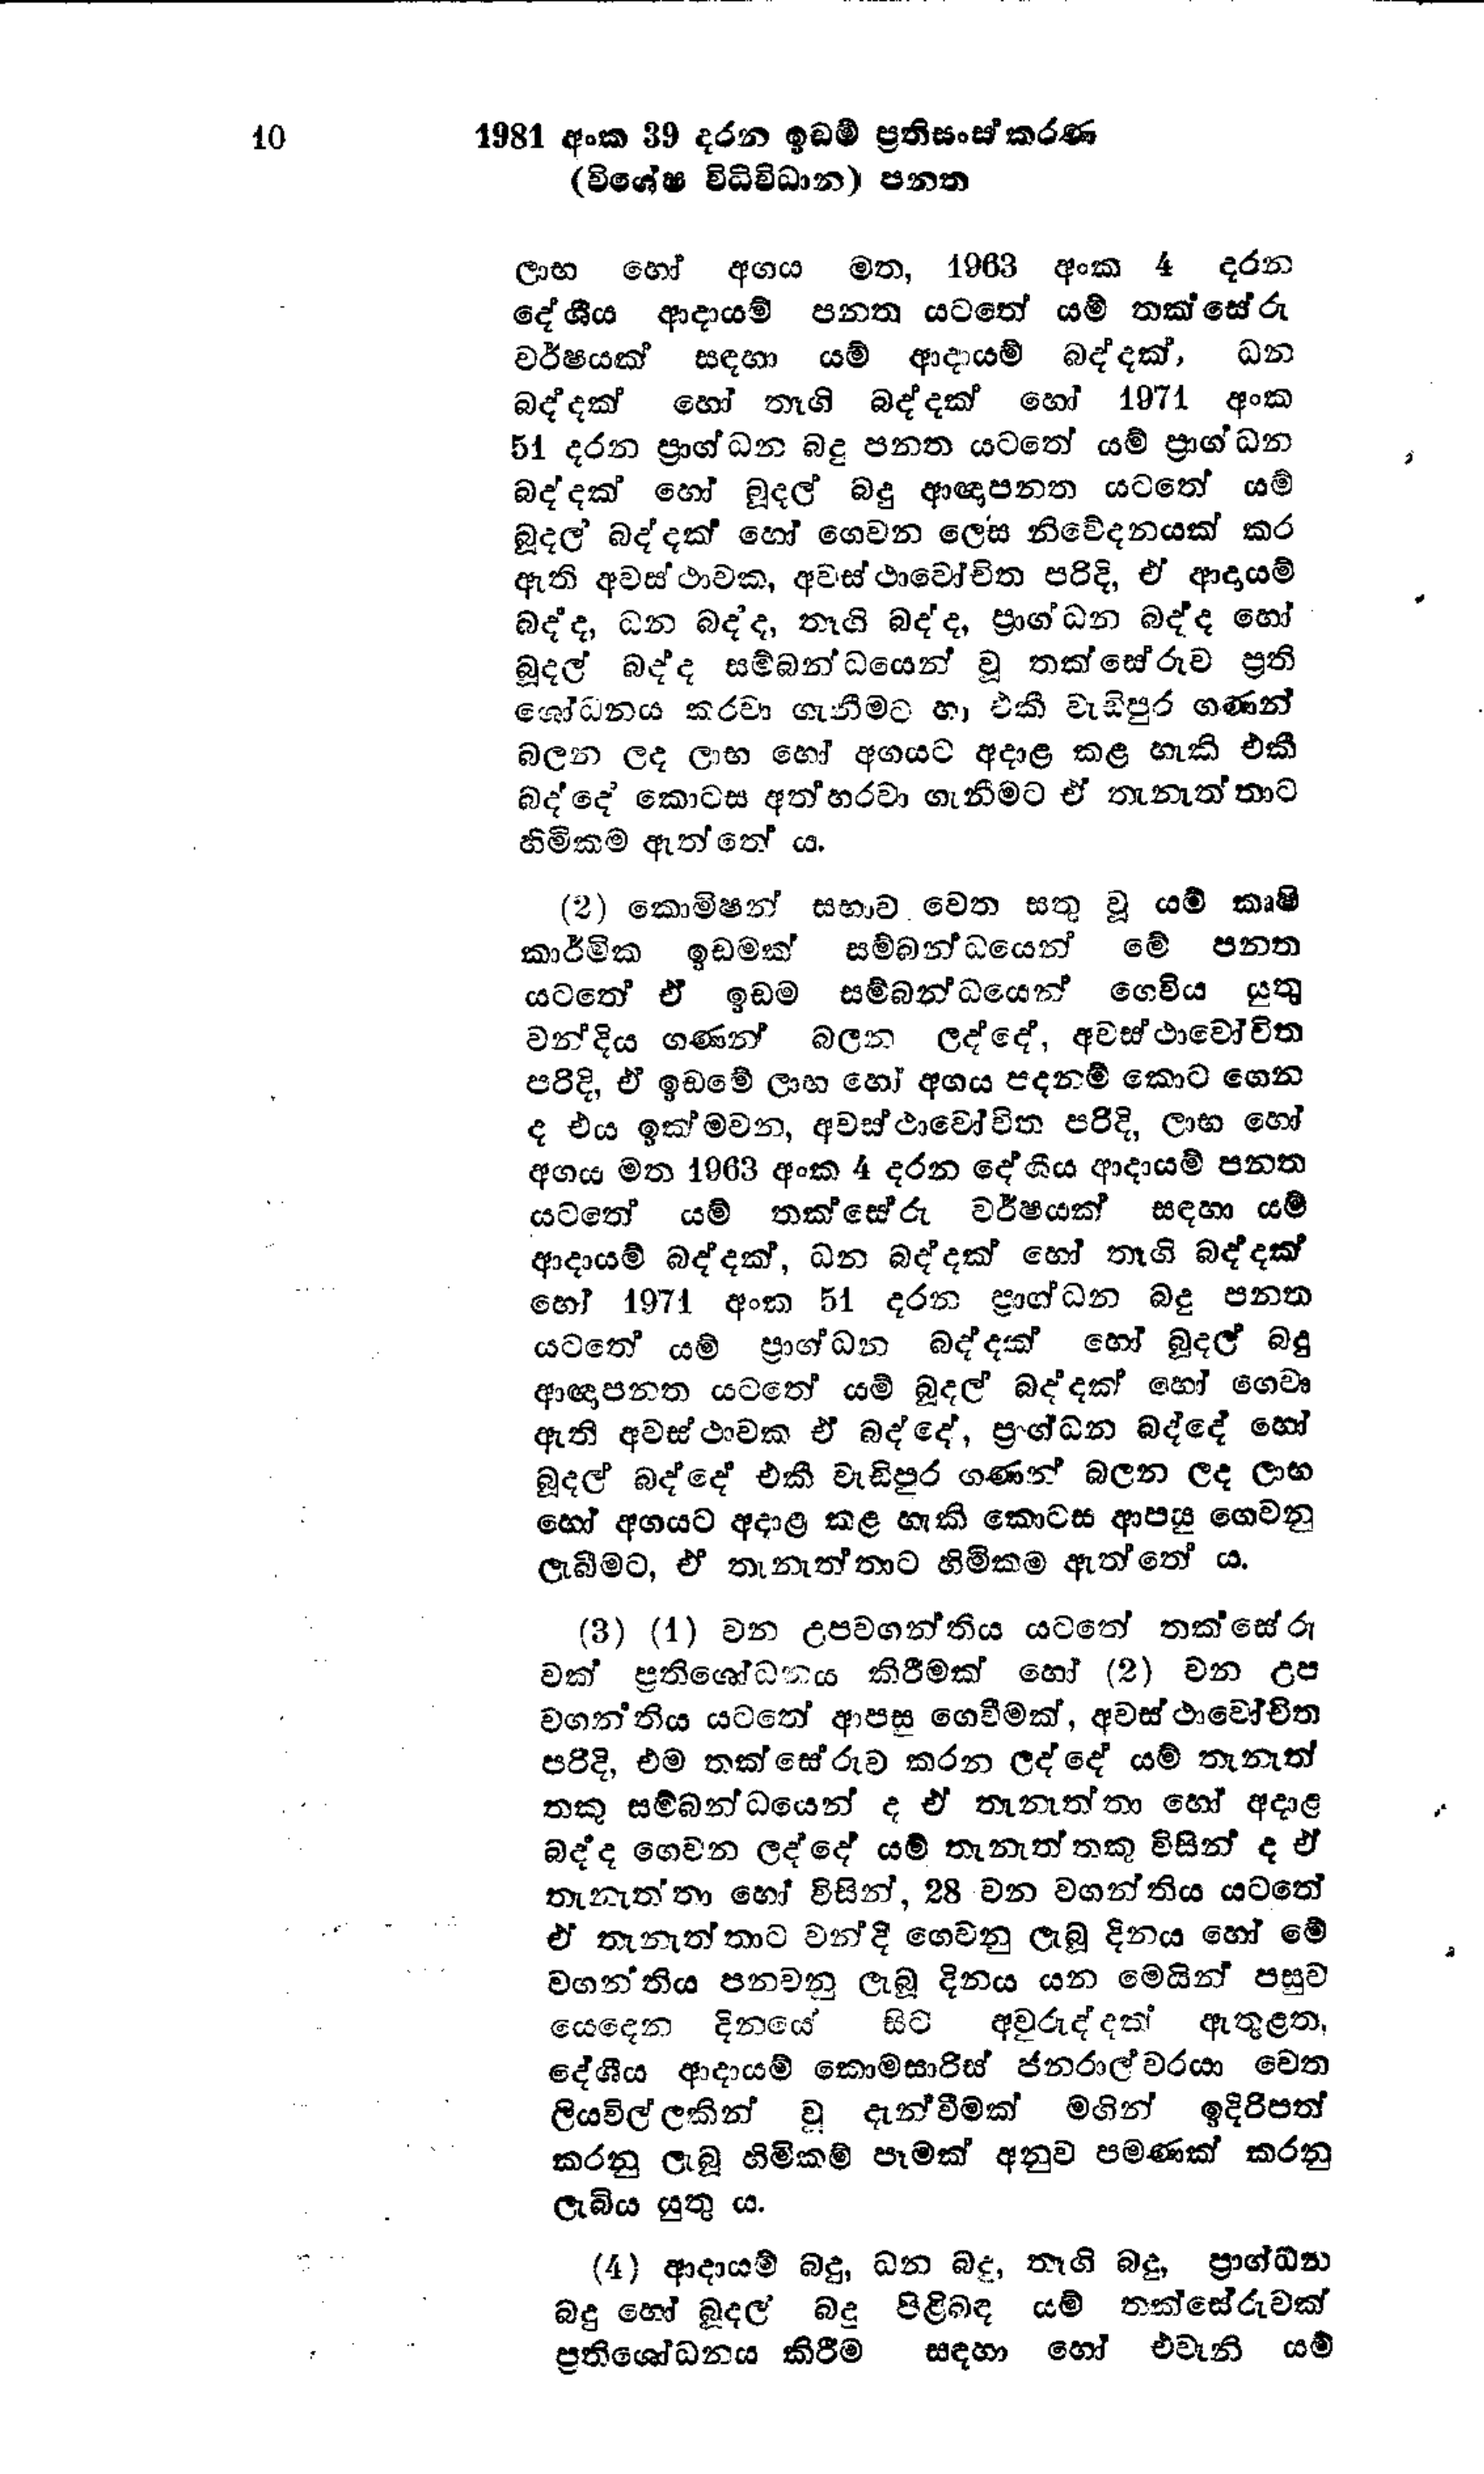
10	1981 අංක 39 දරන ඉඩම් ප්‍රතිසංස්කරණ
(විශේෂ විධිවිධාන) පනත

ලාභ හෝ අගය මත, 1963 අංක 4 දරන
දේශීය ආදායම් පනත යටතේ යම් තක්සේරු
වර්ෂයක් සඳහා යම් ආදායම් බද්දක්, ධන
බද්දක් හෝ තෑගි බද්දක් හෝ 1971 අංක
51 දරන ප්‍රාග්ධන බදු පනත යටතේ යම් ප්‍රාග්ධන
බද්දක් හෝ බූදල් බදු ආඥාපනත යටතේ යම්
බූදල් බද්දක් හෝ ගෙවන ලෙස නිවේදනයක් කර
ඇති අවස්ථාවක, අවස්ථාවෝචිත පරිදි, ඒ ආදායම්
බද්ද, ධන බද්ද, තෑගි බද්ද, ප්‍රාග්ධන බද්ද හෝ
බූදල් බද්ද සම්බන්ධයෙන් වූ තක්සේරුව ප්‍රති
ශෝධනය කරවා ගැනීමට හා එකී වැඩිපුර ගණන්
බලන ලද ලාභ හෝ අගයට අදාළ කළ හැකි එකී
බද්දේ කොටස අත්හරවා ගැනීමට ඒ තැනැත්තාට
හිමිකම් ඇත්තේ ය.

(2) කොමිෂන් සභාව වෙත සතු වූ යම් කෘෂි
කාර්මික ඉඩමක් සම්බන්ධයෙන් මේ පත
යටතේ ඒ ඉඩම සම්බන්ධයෙන් ගෙවිය යුතු
වන්දිය ගණන් බලන ලද්දේ, අවස්ථාවෝචිත
පරිදි, ඒ ඉඩමේ ලාභ හෝ අගය පදනම් කොට ගෙන
ද එය ඉක්මවන, අවස්ථාවෝචිත පරිදි, ලාභ හෝ
අගය මත 1963 අංක 4 දරන දේශීය ආදායම් පනත
යටතේ යම් තක්සේරු වර්ෂයක් සඳහා යම්
ආදායම් බද්දක්, ධන බද්දක් හෝ තෑගි බද්දක්
හෝ 1971 අංක 51 දරන ප්‍රාග්ධන බදු පනත
යටතේ යම් ප්‍රාග්ධන බද්දක් හෝ බූදල් බදු
ආඥාපනත යටතේ යම් බූදල් බද්දක් හෝ ගෙවා
ඇති අවස්ථාවක ඒ බද්දේ, ප්‍රාග්ධන බද්දේ හෝ
බූදල් බද්දේ එකී වැඩිපුර ගණන් බලන ලද ලාභ
හෝ අගයට අදාළ කළ හැකි කොටස ආපසු ගෙවනු
ලැබීමට, ඒ තැනැත්තාට හිමිකම ඇත්තේ ය.

(3) (1) වන උපවගන්තිය යටතේ තක්සේරු
වක් ප්‍රතිශෝධනය කිරීමක් හෝ (2) වන උප
වගන්තිය යටතේ ආපසු ගෙවීමක්, අවස්ථාවෝචිත
පරිදි, එම තක්සේරුව කරන ලද්දේ යම් තැනැත්
තකු සම්බන්ධයෙන් ද ඒ තැනැත්තා හෝ අදාළ
බද්ද ගෙවන ලද්දේ යම් තැනැත්තකු විසින් ද ඒ
තැනැත්තා හෝ විසින්, 28 වන වගන්තිය යටතේ
ඒ තැනැත්තාට වන්දි ගෙවනු ලැබූ දිනය හෝ මේ
වගන්තිය පනවනු ලැබූ දිනය යන මෙයින් පසුව
යෙදෙන දිනයේ සිට අවුරුද්දක් ඇතුළත,
දේශීය ආදායම් කොමසාරිස් ජනරාල්වරයා වෙත
ලියවිල්ලකින් වූ දැන්වීමක් මගින් ඉදිරිපත්
කරනු ලැබූ හිමිකම් පෑමක් අනුව පමණක් කරනු
ලැබිය යුතු ය.

(4 ) ආදායම් බදු, ධන බදු, තෑගි බදු, ප්‍රාග්ධන
බදු හෝ බූදල් බදු පිළිබඳ යම් තක්සේරුවක්
ප්‍රතිශෝධනය කිරීම සඳහා හෝ එවැනි යම්